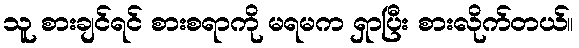
သူ စားချင်ရင် စားစရာကို မရမက ရှာပြီး စားလိုက်တယ်။